Vaccination North-Western Provinces and Oudh 1878-1895 - 1878-1895
Year: 1878
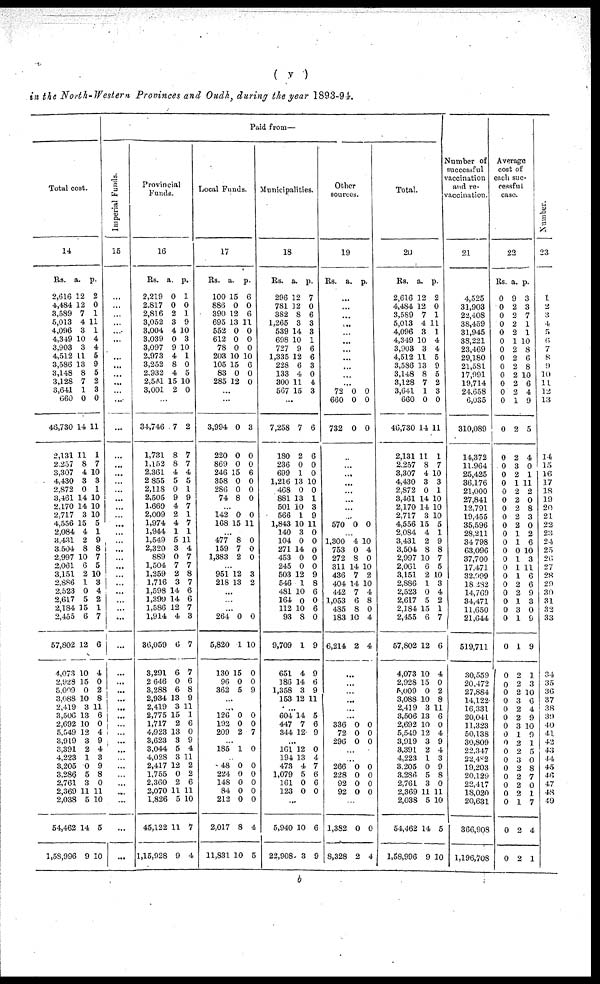
( v )
in the North-Western Provinces and Oudh, during the year 1893-94.
Total cost.
14
Rs.
2,616
4,484
3,589
5,013
4,096
4,349
3,903
4,512
3,586
3,148
3,128
3,641
660
46,730
2,131
2,257
3,307
4,430
2,872
3,461
2,170
2,717
4,556
2,084
3,431
3,504
2,997
2,061
3,151
2,886
2,523
2,617
2,184
2,455
57,802
4,073
2,928
5,009
3,088
2,419
3,506
2,692
5,549
3,919
3,391
4,223
3,205
3,286
2,761
2,369
2,038
54,462
1,58,996
a.
12
12
7
4
3
10
3
11
13
8
7
1
0
14
11
8
4
3
0
14
14
3
15
4
2
8
10
6
2
1
0
5
15
6
12
10
15
0
10
3
13
10
12
3
2
1
0
5
3
11
5
14
9
p.
2
0
1
11
1
4
4
5
9
5
2
3
0
11
1
7
10
3
1
10
10
10
5
1
9
8
7
5
10
3
4
2
1
7
6
4
0
2 8
11
6
0
4
9
4
3
9
8
0
11
10
5
10
Paid from—
Imperial Funds.
15
...
...
...
...
...
...
...
...
...
...
...
...
...
...
...
...
...
...
...
...
...
...
...
...
... ...
...
...
...
...
...
...
...
...
...
...
...
... ...
...
... ...
...
...
...
...
...
...
...
...
...
...
...
Provincial
Funds.
16
Rs.
2,219
2,817
2,816
3,052
3,004
3,039
3,097
2,973
3,252
2,932
2,541
3,001
a.
0
0
2
3
4
0
9
4
8
4
p.
1
0
1
9
10
3
10
1
0
5
15 10
2 0
...
34,746
1,731
1,152
2,361
2,855
2,118
2,505
1,669
2,009
1,974
1,944
1,549
2,320
889
1,504
1,259
1,716
1,598
1,399
1,586
1,914
36,059
3,291
2 646
3,288
2,934
2,419
2,775
1,717
4,923
3,623
3,044
4,028
2,417
1,755
2,360
2,070
1,826
45,122
1,15,928
7
8
8
4
5
0
9
4
2
4
1
5
3
0
7
2
3
14
14
12
4
6
6
0
6
13
3
la
2
13
3
5
3
12
0
2
11
5
11
9
2
7
7
4
5
1
9
7
1
7
1
11
4
7
7
8
7
6
6
7
3
7
7
6
8
9
11 1
6
0
9
4
11
2
2
6
11
10
7
4
Local Funds.
17
Rs.
100
886
390
695
552
612
78
203
105
83
285
a.
15
0
12
13
0
0
0
10
15
0
12
p.
6
0
6
11
0
0
0
10
6
0
0
...
...
3,994
220
869
246
358
286
74
0
0
0
15
0
0
8
3
0
0
6
0
0
0
...
142
168
0
15
0
11
...
477
159
1,383
8
7
2
0
0
0
...
951
218
12
13
3
2
...
...
...
264
5,820
130
96
362
0
1
15
0
5
0
10
0
0
9
...
...
126
192
209
0
0
2
0
0
7
...
185 1 0
...
48
224
148
84
212
2,017
11,831
0
0
0
0
0
8
10
0
0
0
0
0
4
5
Municipalities.
18
Rs.
296
781
382
1,265
539
698
727
1,335
228
133
300
567
a.
12
12
8
3
14
10
9
12
6
4
11
15
p.
7
0
6
3
3
1
6
6
3
0
4
3
...
7,258
180
236
699
1,216
468
881
501
566
1,843
140
104
271
453
245
503
546
481
164
112
93
9,709
651
186
1,358
153
7
2
0
1
13
0
13
10
1
10
3
0
14
0
0
12
1
10
0
10
8
1
4
14
3
12
6
6
0
0
10
0
1
3
9
11
0
0
0
0
0
9
8
6
0
6
0
9
9
6
9
11
...
604
447
344
14
7
12
5
6
9
...
161
194
473
1,079
161
123
12
13
4
5
0
0
0
4
7
6
6
0
...
5,940
22,908
10
3
6
9
Other
sources.
19
Rs. a. p.
...
...
...
...
...
...
...
...
...
...
...
72
660
732
0
0
0
0
0
0
...
...
...
...
...
...
...
...
570 0 0
...
1,300
753
272
311
436
404
442
1,053
485
183
6,214
4
0
8
14
7
14
7
6
8
10
2
10
4
0
10
2
10
4
8
0
4
4
...
...
...
...
...
...
336
72
296
0
0
0
0
0
0
...
...
266
228
92
92
0
0
0
0
0
0
0
0
...
1,382
8,328
0
2
0
4
Total.
20
Rs.
2,616
4,484
3,589
5,013
4,096
4,349
3,903
4,512
3,586
3,148
3,128
3,641
660
46,730
2,131
2,257
3,307
4,430
2,872
3,461
2,170
2,717
4,556
2,084
3,431
3,504
2,997
2,061
3,151
2,886
2,523
2,617
2,184
2,455
57,802
4,073
2,928
5,009
3,088
2,419
3,506
2,692
5,549
3,919
3,391
4,223
3,205
3,286
2,761
2,369
2,038
54,462
1,58,996
a.
12
12
7
4
3
10
3
11
13
8
7
1
0
14
11
8
4
3
0
14
14
3
15
4
2
8
10
6
2
1
0
5
15
6
12
10
15
0
10
3
13
10
12
3
2
1
0
5
3
11
5
14
9
p.
2
0
1
11
1
4
4
5
9
5
2
3
0
11
1
7
10
3
1
10
10
10
5
1
9
8
7
5
10
3
4
2
1
7
6
4
0
2
8
11
6
0
4
9
4
3
9
8
0
11
10
5
10
Number of
successful
vaccination
and re¬
vaccination.
21
4,525
31,903
22,408
38,459
31,945
38,221
23,469
29,180
21,581
17,991
19,714
24,658
6,035
310,089
14,372
11,964
25,425
36,176
21,000
27,841
12,791
19,455
35,596
28,211
34,798
63,096
37,700
17,471
32,999
18,282
14,769
34,471
11,650
21,644
519,711
30,559
20,472
27,884
14,122
16,331
20,041
11,323
50,138
30,809
22,347
22,482
19,203
20,129
22,417
18,020
20,631
366,908
1,196,708
Average
cost of
each suc-
cessful
case.
22
Rs.
0
0
0
0
0
0
0
0
0
0
0
0
0
0
0
0
0
0
0
0
0
0
0
0
0
0
0
0
0
0
0
0
0
0
0
0
0
0
0
0
0
0
0
0
0
0
0
0
0
0
0
0
0
a.
9
2
2
2
2
1
2
2
2
2
2
2
1
2
2
3
2
1
2
2
2
2
2
1
1
0
1
1
1
2
2
1
3
1
1
2
2
2
3
2
2
3
1
2
2
3
2
2
2
2
1
2
2
p.
3
3
7
1
1
10
8
6
8
10
6
4
9
5
4
0
1
11
2
0
8
3
0
2
6
10
3
11
6
6
9
3
0
9
9
1
3
10
6
4
9
10
9
1
5
0
8
7
0
1
7
4
1
Numbe r
.
23
1
2
3
4
5
6
7
8
9
10
11
12
13
14
15
16
17
18
19
20
21
22
23
24
25
26
27
28
29
30
31
32
33
34
35
36
37
38
39
40
41
42
43
44
45
46
47
48
49
b